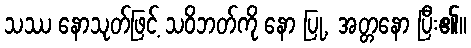
သဿ နောသုတ်ဖြင့် သဝိဘတ်ကို နော ပြု, အတ္တနော ပြီး၏။